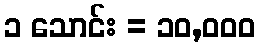
၁ သောင်း = ၁၀,၀၀၀